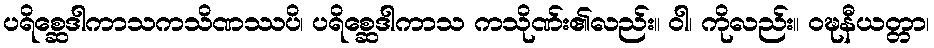
ပရိစ္ဆေဒါကာသကသိဏဿပိ၊ ပရိစ္ဆေဒါကာသ ကသိုဏ်း၏လည်း။ ဝါ၊ ကိုလည်း။ ဝဍ္ဎနီယတ္တာ၊